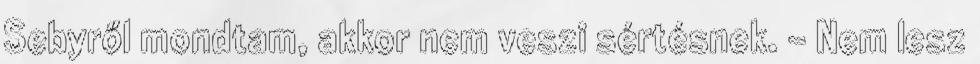
Sebyről mondtam, akkor nem veszi sértésnek. - Nem lesz